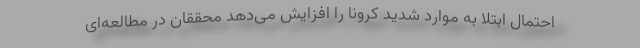
احتمال ابتلا به موارد شدید کرونا را افزایش می‌دهد محققان در مطالعه‌ای